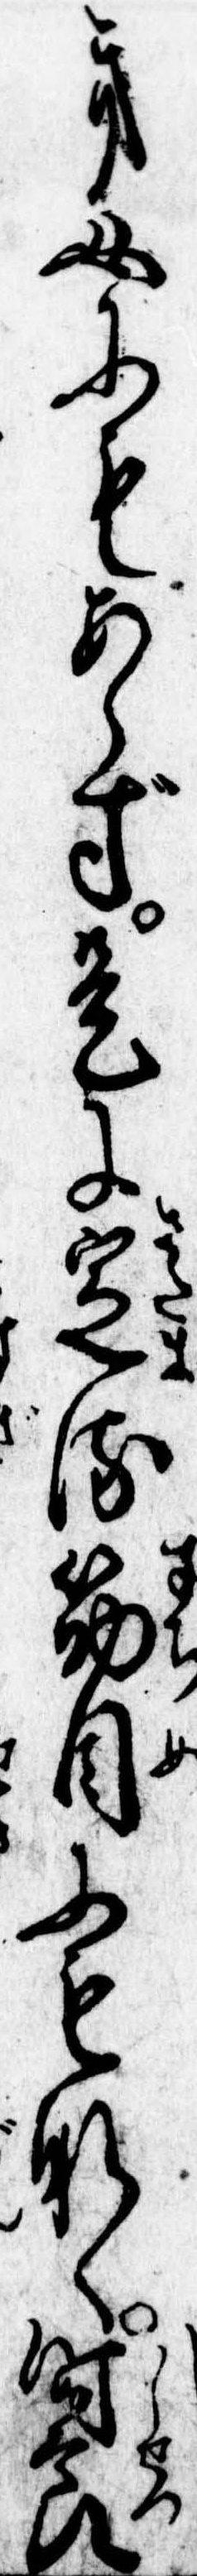
き女にもあらず是に定る筋目にもなく時節